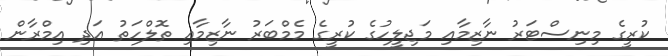
ކުރީގެ މިނިސްޓަރު ނާޒިމާއި މަޖިލީހުގެ ކުރީގެ މެމްބަރު ނާޒިމާއި ތޮލްހަތު އަދި އިމްރާން